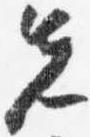
先